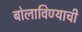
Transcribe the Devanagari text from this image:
बोलाविण्याची